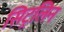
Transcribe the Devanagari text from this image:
सिट्रलिन